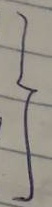
}